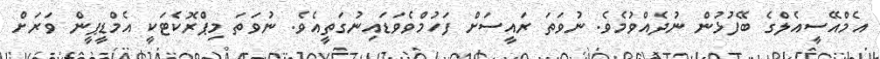
އެމްއޭސީއެލްގެ ބޭފުޅުން ނުދެއްވުމެވެ. ނުވަތަ ރައީސަށް ފަހުމްވެވަޑައިނުގަތީއެވެ. ނުވަތަ މިޕްރޮކެޓަކީ އެމްޑީޕީން ވަރަށް